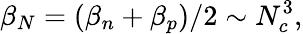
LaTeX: \beta_{N}=(\beta_{n}+\beta_{p})/2\sim N_{c}^{3},